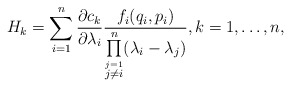
\begin{align*}H_k=\sum_{i=1}^n \frac{\partial c_k}{\partial \lambda_i} \frac{ f_i(q_i,p_i)}{\prod\limits_{\stackrel{j=1}{j\neq i}}^n ( \lambda_i- \lambda_j)}, k=1,\ldots,n , \end{align*}